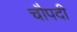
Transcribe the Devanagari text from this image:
चौपदी